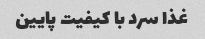
غذا سرد با کیفیت پایین